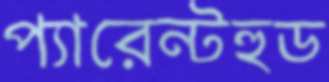
প্যারেন্টহুড